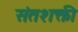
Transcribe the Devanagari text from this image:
संतशक्ती